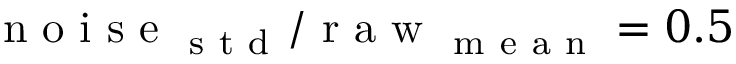
\mathrm { ~ n ~ o ~ i ~ s ~ e ~ } _ { \mathrm { ~ s ~ t ~ d ~ } } / \mathrm { ~ r ~ a ~ w ~ } _ { \mathrm { ~ m ~ e ~ a ~ n ~ } } = 0 . 5